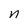
Character: n